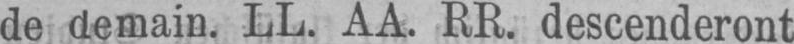
de demain. LL. AA. RR. descenderont